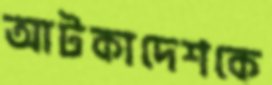
আটকাদেশকে